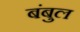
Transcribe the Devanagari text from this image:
बंबुल